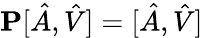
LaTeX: {\mathbf P}[\hat{A},\hat{V}]=[\hat{A},\hat{V}]